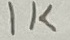
Text: 1K